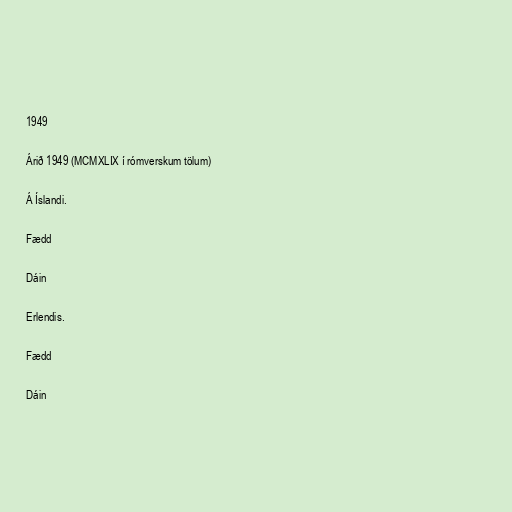
1949

Árið 1949 (MCMXLIX í rómverskum tölum)

Á Íslandi.

Fædd

Dáin

Erlendis.

Fædd

Dáin